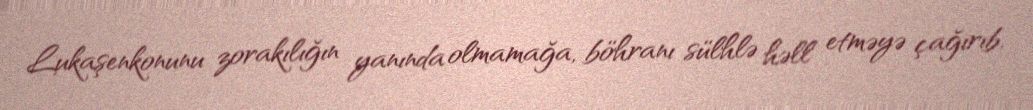
Lukaşenkonunu zorakılığın yanında olmamağa, böhranı sülhlə həll etməyə çağırıb.